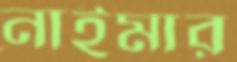
নাইমার